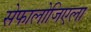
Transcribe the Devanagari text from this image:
सेफालोजिएला